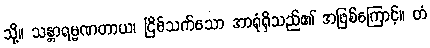
သို့။ သန္တာရမ္မဏတာယ၊ ငြိမ်သက်သော အာရုံရှိသည်၏ အဖြစ်ကြောင့်။ တံ